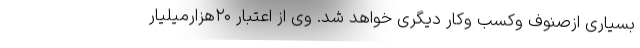
بسیاری ازصنوف وکسب وکار دیگری خواهد شد. وی از اعتبار ۲۰هزارمیلیار